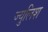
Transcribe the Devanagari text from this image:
ज्युलिश